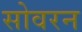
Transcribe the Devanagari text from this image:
सोवरन